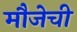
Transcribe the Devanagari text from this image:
मौजेची